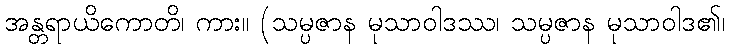
အန္တရာယိကောတိ၊ ကား။ (သမ္ပဇာန မုသာဝါဒဿ၊ သမ္ပဇာန မုသာဝါဒ၏၊